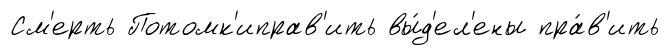
См'ерть Потомк'иправ'ить вы́д'ел'ены пра́в'ить